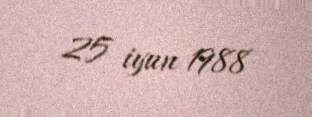
25 iyun 1988